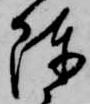
陳